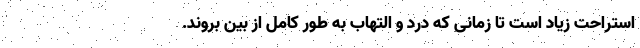
استراحت زیاد است تا زمانی که درد و التهاب به طور کامل از بین بروند.